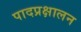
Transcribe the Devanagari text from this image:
पादप्रक्षालन